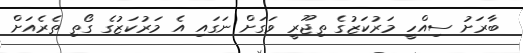
ބާރަށު ސިއްހީ މަރުކަޒުގެ ތިޖޫރީ ވަގަށް ނަގައި އެ މަރުކަޒުގެ ގޯތި ތެރެއަށް